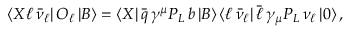
\langle X \ell \, \bar { \nu } _ { \ell } | \, O _ { \ell } \, | B \rangle = \langle X | \, \bar { q } \, \gamma ^ { \mu } P _ { L } \, b \, | B \rangle \, \langle \ell \, \bar { \nu } _ { \ell } | \, \bar { \ell } \, \gamma _ { \mu } P _ { L } \, \nu _ { \ell } \, | 0 \rangle \, ,